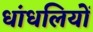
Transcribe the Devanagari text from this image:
धांधलियों